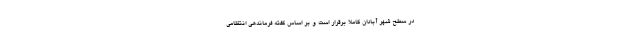
در سطح شهر آبادان کاملا برقرار است و بر اساس گفته فرماندهی انتظامی